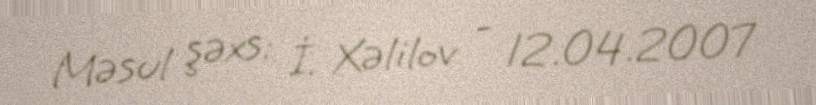
Məsul şəxs: İ. Xəlilov - 12.04.2007